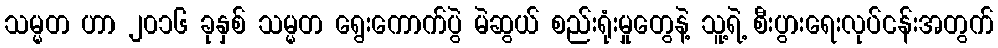
သမ္မတ ဟာ ၂၀၁၆ ခုနှစ် သမ္မတ ရွေးကောက်ပွဲ မဲဆွယ် စည်းရုံးမှုတွေနဲ့ သူ့ရဲ့ စီးပွားရေးလုပ်ငန်းအတွက်